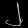
Digit: ၂